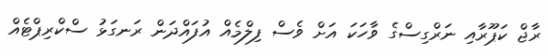
ރާޖް ކަޕޫރާއި ނަރްގިސްގެ ވާހަކަ އަށް ވެސް ފިލްމެއް އުފައްދަން ރަނގަޅު ސްކްރިޕްޓެއް